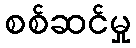
စစ်ဆင်မှု